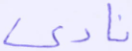
نادى